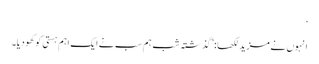
‘
انہوں نے مزید لکھا: ’گذشتہ شب ہم سب نے ایک اہم ہستی کو کھو دیا۔